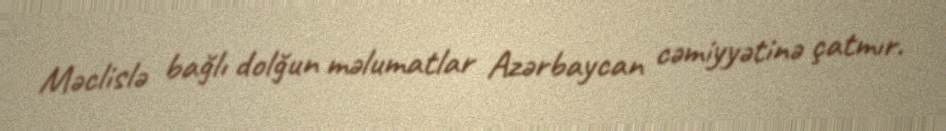
Məclislə bağlı dolğun məlumatlar Azərbaycan cəmiyyətinə çatmır.